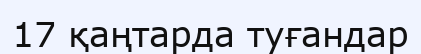
17 қаңтарда туғандар